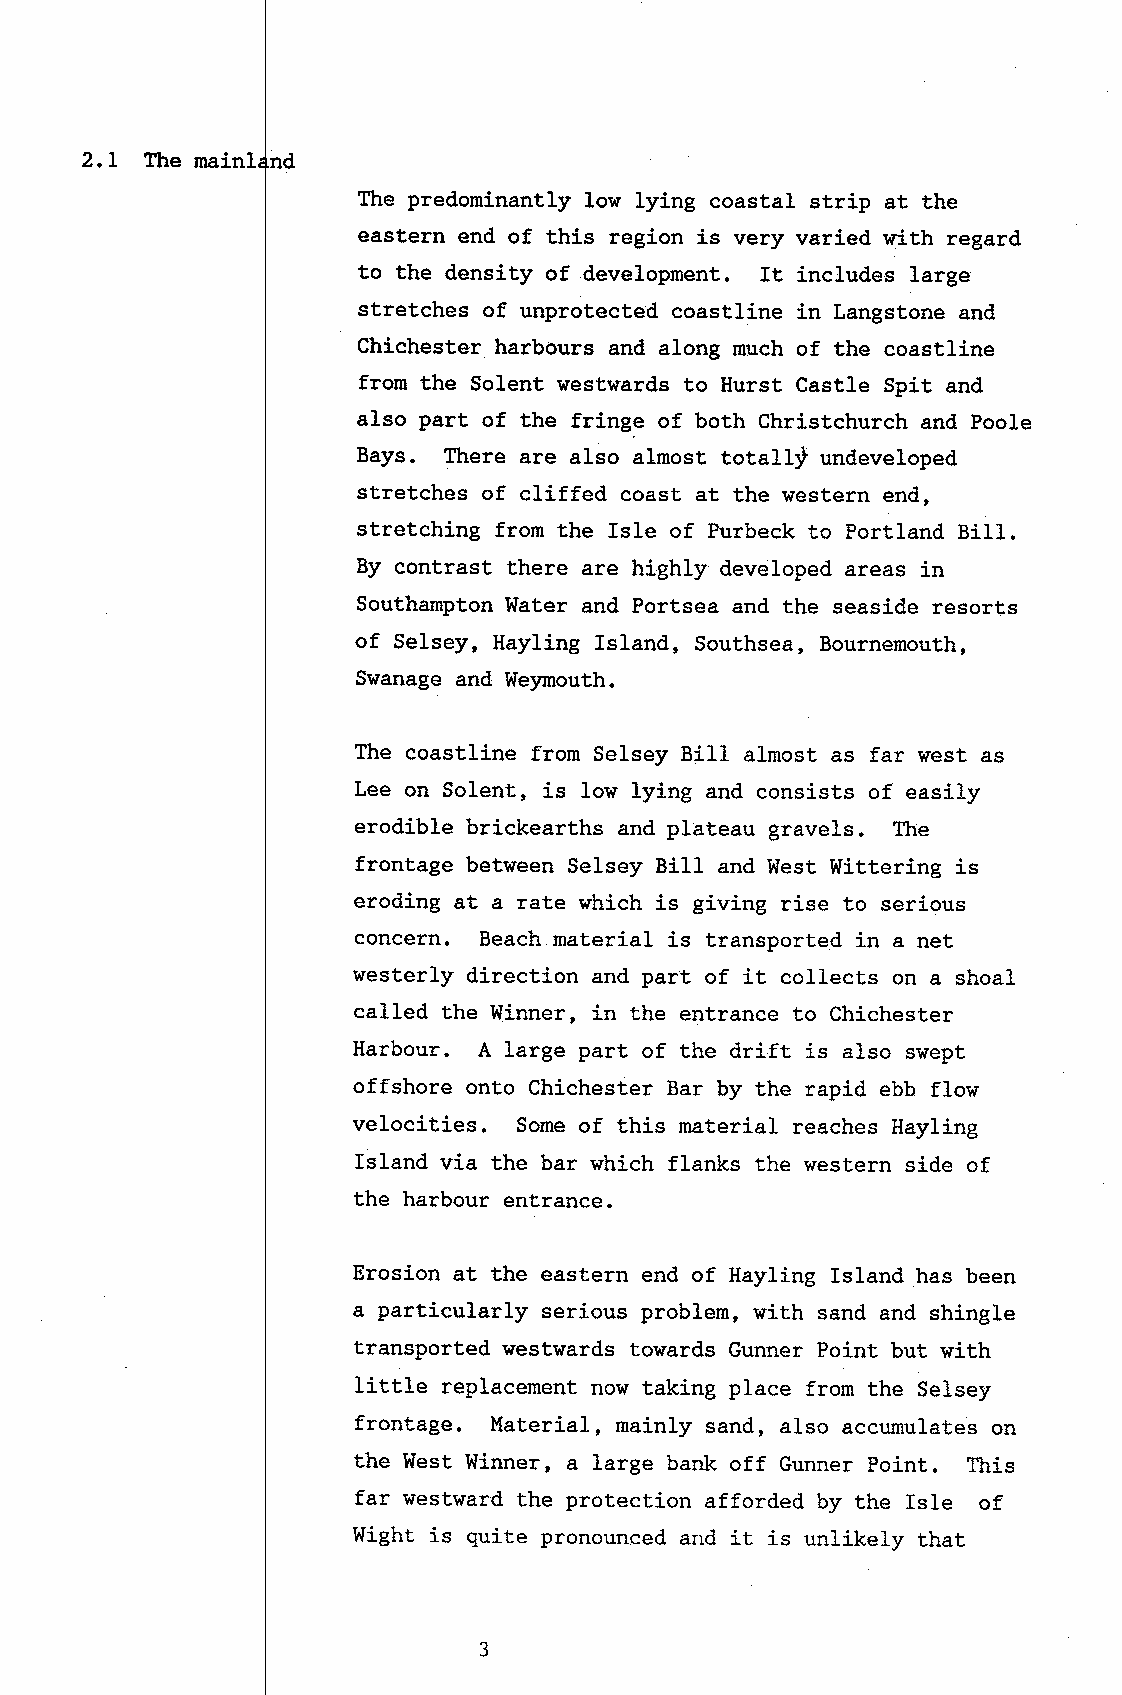
2,L  ltre mainl
 The predominantly low lying coastal strip at the
 eastern end of this region is very varied with regard
 to the density of development. It includes large
 stretches of unprotected coastline in tangstone and
 Chichester harbours and along much of the coastline
 from the Solent westwards to Hurst Castle Spit and
 also part of the fri-nge of both Christchurch and poole
 Bays. There are also almost totallf undeveloped
 stretches of cliffed coast at the western end,
 stretching from the IsIe of Purbeck to Portland 8i11.
 By contrast there are highly developed areas in
 Southampton Water and Portsea and the seaside resorts
 of Selsey, Hayling Island, Southsea, Bournemouth,
 Swanage and We5rmouth.
 The coastline from Selsey Bill alnost as far west as
 Lee on Solent, is low lying and consists of easily
 erodible brickearths and plateau gravels. The
 frontage between Selsey Bill and West Wittering is
 eroding at a rate which is giving rise to serious
 concern. Beach material is transported in a net
 westerly direction and part of it collect,s on a shoal
 called the Winner, in the entrance to Chichester
 Harbour. A large part of the drift is also swept
 offshore onto Chichester Bar by the rapid ebb flow
 velocities. Some of this material reaches Hayling
 Island via the bar which flanks the west,ern side of
 the harbour entrance.
 Erosion at the eastern end of Hayling Island has been
 a particularly serious problem, with sand and shingle
 transported westwards towards Gunner Point but with
 little replacement now taking place from the Selsey
 frontage. Material, mainly sand, also accumulates on
 the West Winner, a large bank off Gunner poinL. This
 far westward the protection afforded by the Isle of
 Wight is quite pronounced and it is unlikely that